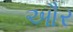
ઔર